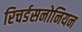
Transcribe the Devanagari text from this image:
रिचर्डसनोनियन